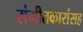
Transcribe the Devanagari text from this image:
संगीतकारांसह